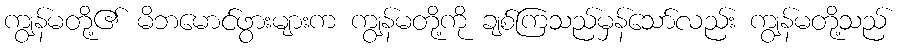
ကျွန်မတို့၏ မိဘမောင်ဖွားများက ကျွန်မတို့ကို ချစ်ကြသည်မှန်သော်လည်း ကျွန်မတို့သည်